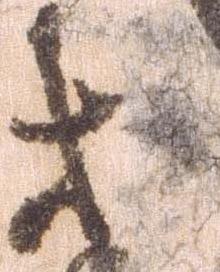
等